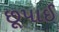
છૂપાઈ